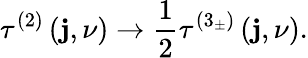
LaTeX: \tau^{\left(2\right)}\left(\mathbf{j},\nu\right)\rightarrow\frac{{1}}{{2}}\tau^{\left(3_{\pm}\right)}\left(\mathbf{j},\nu\right).